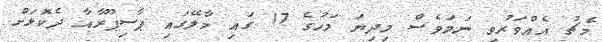
މެޗު އެއްވަރުވި ނަމަވެސް މިދިޔަ މަހުގެ 17 ގައި މާލޭގައި ޕާސިޕޫރާއާ ދެކޮޅަށް